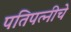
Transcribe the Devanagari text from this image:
पतिपत्नीचे